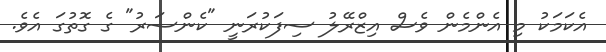
އެކަމަކު މި އެންމެން ވެސް އިޒްރޭލު ސިފަކުރަނީ "ކެންސަރު" ގެ ގޮތުގަ އެވެ.